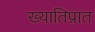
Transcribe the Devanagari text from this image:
ख्यातिप्रात